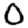
Digit: 0